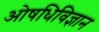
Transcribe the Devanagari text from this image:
ओषधिविज्ञान